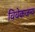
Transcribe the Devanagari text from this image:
विवेकजन्य